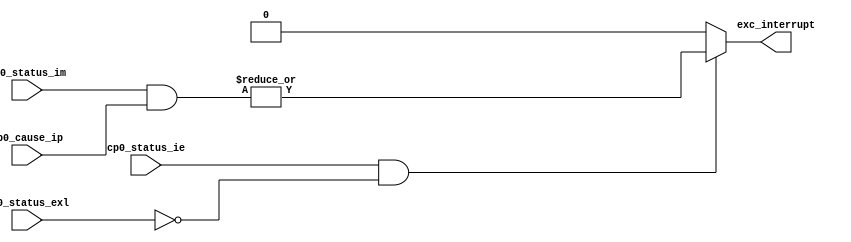
module interrupt(
        input [7:0] cp0_cause_ip,
        input [7:0] cp0_status_im,
        input cp0_status_ie,
        input cp0_status_exl,
        output reg exc_interrupt
    );
    always @(*) begin
        exc_interrupt = 1'b0;
        if (cp0_status_ie & !cp0_status_exl) begin
            exc_interrupt = |(cp0_status_im & cp0_cause_ip);
        end
    end
endmodule